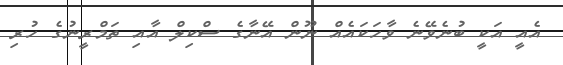
އެއީ އަކީ ބުނެވޭނެ ވާހަކައެއް ނޫން އޭނާގެ ސްކިލް އާއި ތަމްރީނުގެ ހުރި